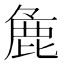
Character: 麁